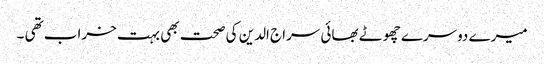
میرے دوسرے چھوٹے بھائی سراج الدین کی صحت بھی بہت خراب تھی ۔